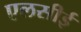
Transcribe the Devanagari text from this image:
एलसीई